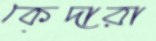
কেদারা